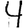
Digit: 4